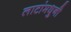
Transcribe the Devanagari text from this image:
लाटांमधुनी